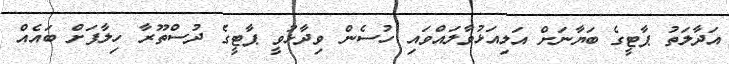
އަދާލަތު ޕާޓީގެ ބަޔާނަށް އަލިއަޅުވާލައްވައި ހުސެން ވިދާޅުވީ ޕާޓީގެ ދުސްތޫރާ ހިލާފަށް ބައެއް